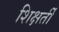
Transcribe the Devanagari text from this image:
शिक्षर्ती